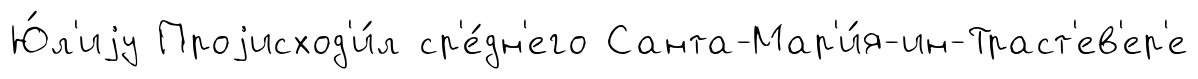
Ю́л'иjу Проjисход'и́л ср'е́дн'его Санта-Мар'и́я-ин-Траст'ев'ер'е